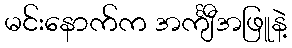
မင်းနောက်က အင်္ကျီအဖြူနဲ့